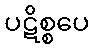
ပဋိစ္စပေ